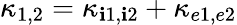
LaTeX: \kappa_{1,2}=\kappa_{\mathbf{i}1,\mathbf{i}2}+\kappa_{e1,e2}